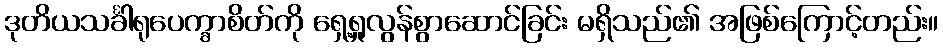
ဒုတိယသင်္ခါရုပေက္ခာစိတ်ကို ရှေ့ရှုလွန်စွာဆောင်ခြင်း မရှိသည်၏ အဖြစ်ကြောင့်တည်း။